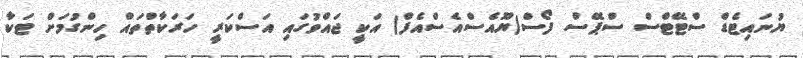
ޔުނައިޓެޑް ސްޓޭޓްސް ސްޕޭސް ފޯސް(ޔޫއެސްއެސްއެފް) އަކީ ޖައްވުގައި އަސްކަރީ ހަރަކާތްތައް ހިންގުމަށް ޓަކާ